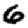
Digit: 6